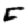
Digit: 5